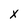
Character: X